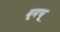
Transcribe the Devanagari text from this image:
बूमचू